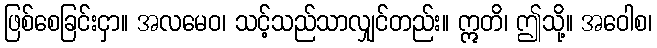
ဖြစ်စေခြင်းငှာ။ အလမေဝ၊ သင့်သည်သာလျှင်တည်း။ ဣတိ၊ ဤသို့။ အဝေါစ၊